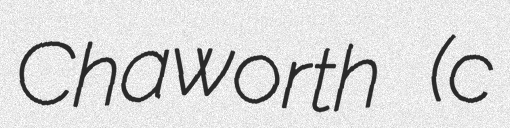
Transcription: Chaworth (c